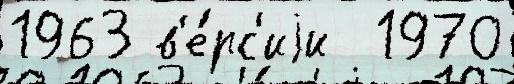
1963 в'е́рс'иjи  1970